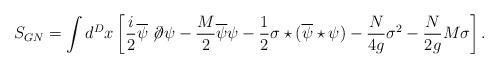
LaTeX: \begin{align*}S_{GN}=\int d^Dx \left [\frac{i}2\overline \psi \not \!\partial \psi - \frac{M}2\overline \psi \psi-\frac12\sigma \star(\overline \psi\star\psi)- \frac{N}{4g}\sigma^2- \frac{N}{2g}M\sigma\right ].\end{align*}